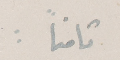
ثامناً :